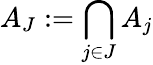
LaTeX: A_{J}:=\bigcap_{j\in J}A_{j}